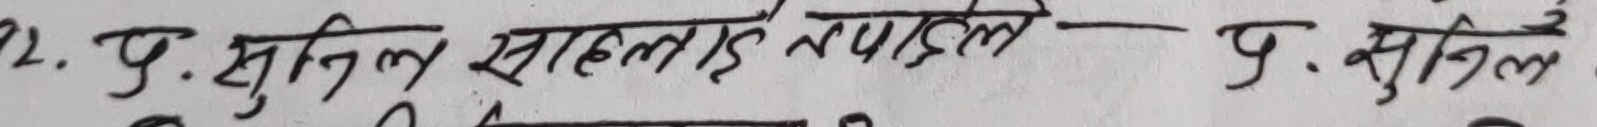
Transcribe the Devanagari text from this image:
२. प. सुनिल साहलाई तपाइले प. सुनिल